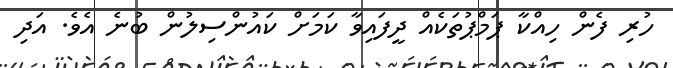
ހުރި ފެން ހިއްކާ ޕަމްޕުތަކެއް ދީފައިވާ ކަމަށް ކައުންސިލުން ބުނެ އެވެ. އަދި